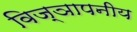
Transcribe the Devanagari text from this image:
विज्ञापनीय